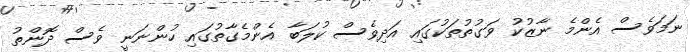
ނަމަވެސް އެންމެ ނާޒުކު ވަގުތުތަކުގައި އަދިވެސް ކުލަބާ އެންމެގާތުގައި ހުންނަނީ ވެސް ދޮންތު